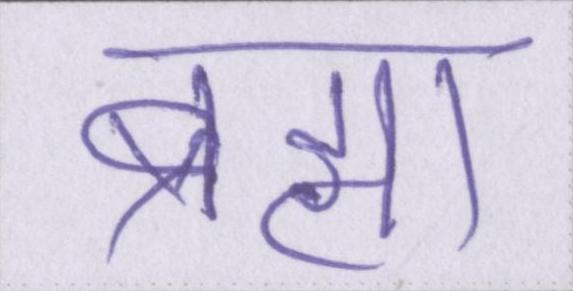
ब्रह्मा